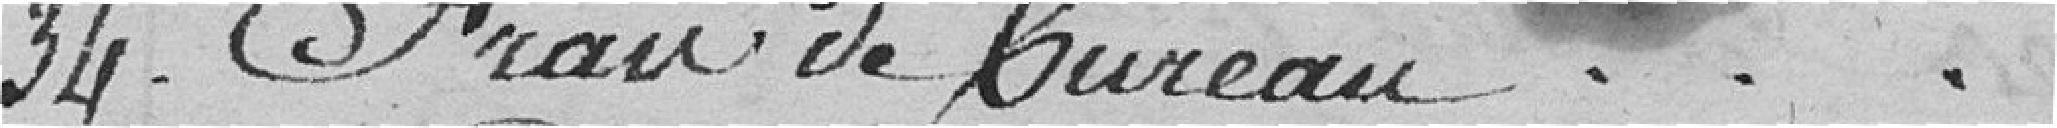
34. Frais de Bureau